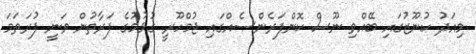
މިއަދު ކުނޫޒުގައި ބޭއްވި ނޫސް ކޮންފަރެންސެއްގައި ޖުމްހޫރީ ގުޅުމުގެ ފަރާތުން ވަނީ ފުރަތަމަ